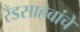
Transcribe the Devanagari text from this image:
रँडसाहेबांचे